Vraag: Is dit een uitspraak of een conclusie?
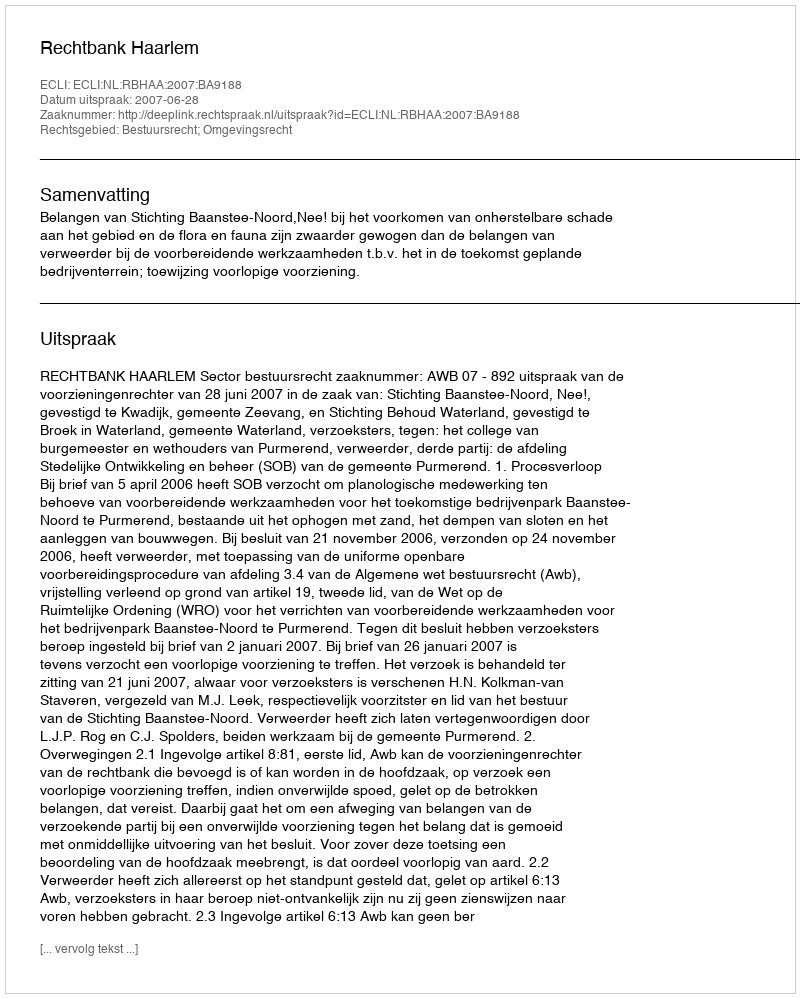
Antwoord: Uitspraak